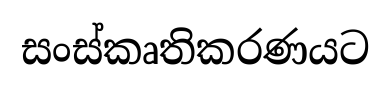
සංස්කෘතිකරණයට